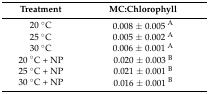
<table><thead><tr><td><b>Treatment</b></td><td><b>MC:Chlorophyll</b></td></tr></thead><tbody><tr><td>20 °C</td><td>0.008 ± 0.005 <sup>A</sup></td></tr><tr><td>25 °C</td><td>0.005 ± 0.002 <sup>A</sup></td></tr><tr><td>30 °C</td><td>0.006 ± 0.001 <sup>A</sup></td></tr><tr><td>20 °C + NP</td><td>0.020 ± 0.003 <sup>B</sup></td></tr><tr><td>25 °C + NP</td><td>0.021 ± 0.001 <sup>B</sup></td></tr><tr><td>30 °C + NP</td><td>0.016 ± 0.001 <sup>B</sup></td></tr></tbody></table>